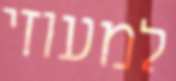
למעוזי